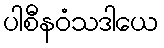
ပါစီနဝံသဒါယေ